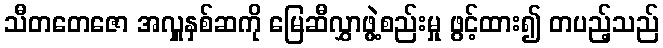
သီတတေဇော အလှူနှစ်ဆကို မြေဆီလွှာဖွဲ့စည်းမှု ဖွင့်ထား၍ တပည့်သည်